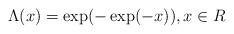
LaTeX: \begin{align*}\Lambda (x)=\exp (-\exp (-x)),x\in R \end{align*}